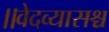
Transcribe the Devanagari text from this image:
॥वेदव्यासश्च